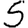
Digit: 5